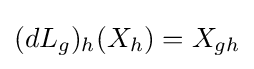
(dL_{g})_{h}(X_{h})=X_{gh}